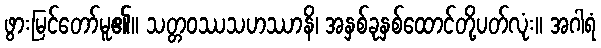
ဖွားမြင်တော်မူ၏။ သတ္တဝဿသဟဿာနိ၊ အနှစ်ခုနှစ်ထောင်တို့ပတ်လုံး။ အဂါရံ